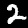
Digit: 2